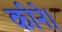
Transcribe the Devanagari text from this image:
कीने।